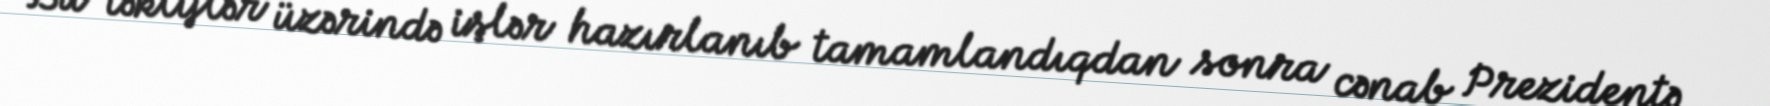
Bu təkliflər üzərində işlər hazırlanıb tamamlandıqdan sonra cənab Prezidentə